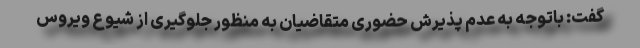
گفت: باتوجه به عدم پذیرش حضوری متقاضیان به منظور جلوگیری از شیوع ویروس